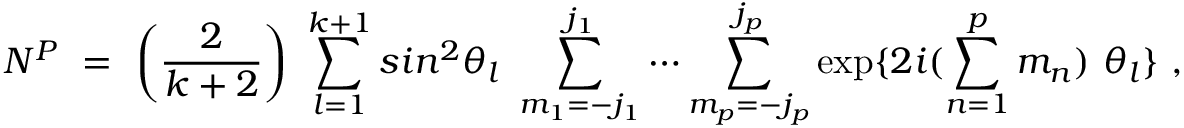
N ^ { \cal P } ~ = ~ \left( \frac { 2 } { k + 2 } \right) ~ \sum _ { l = 1 } ^ { k + 1 } s i n ^ { 2 } \theta _ { l } ~ \sum _ { m _ { 1 } = - j _ { 1 } } ^ { j _ { 1 } } \cdots \sum _ { m _ { p } = - j _ { p } } ^ { j _ { p } } \exp \{ 2 i ( \sum _ { n = 1 } ^ { p } m _ { n } ) ~ \theta _ { l } \} ~ ,